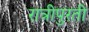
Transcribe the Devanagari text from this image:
रात्रीपुरती